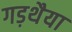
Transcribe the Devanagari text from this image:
गड़थैया